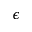
\epsilon